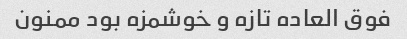
فوق العاده تازه و خوشمزه بود ممنون